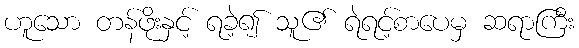
ဟူသော တန်ဖိုးနှင့် ရခဲ့၍ သူ၏ ရဲရင့်စာပေမှ ဆရာကြီး